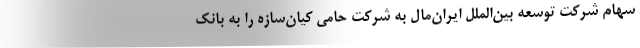
سهام شرکت توسعه بین‌الملل ایران‌مال به شرکت حامی کیان‌سازه را به بانک